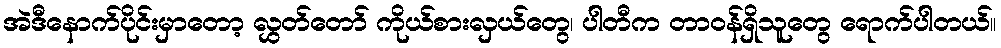
အဲဒီနောက်ပိုင်းမှာတော့ လွှတ်တော် ကိုယ်စားလှယ်တွေ၊ ပါတီက တာဝန်ရှိသူတွေ ရောက်ပါတယ်။